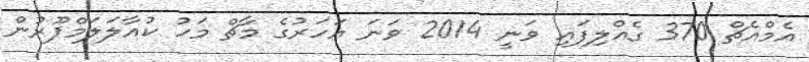
އެމްއެޗް 370 ގެއްލިފައި ވަނީ 2014 ވަނަ އަހަރުގެ މާޗް މަހު ކުއާލަލަމްޕޫރުން